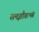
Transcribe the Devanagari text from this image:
समझौताभंग